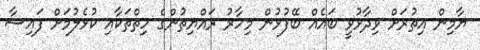
ޔާމިން އިތުރަށް ވިދާޅުވީ ބައެއް ބޭފުޅުން މިހާރު ރައްޔިތުންގެ ހިތްތަކާއި ކުޅެލުމަށް ފައިސާ